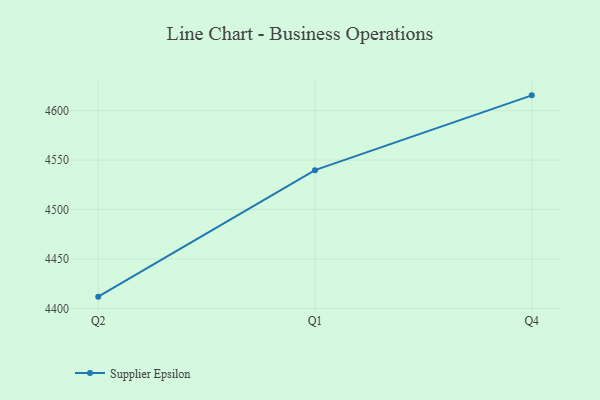
{"axis": {"x": "Quarter", "y": "Waste Production (Tons)"}, "legend": ["Supplier Epsilon"], "data": [{"x": "Q2", "y": 4412.0, "type": "Supplier Epsilon"}, {"x": "Q1", "y": 4539.8, "type": "Supplier Epsilon"}, {"x": "Q4", "y": 4615.4, "type": "Supplier Epsilon"}]}